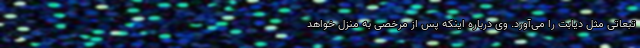
تبعاتی مثل دیابت را می‌آورد. وی درباره اینکه پس از مرخصی به منزل خواهد